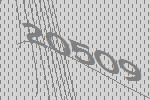
20509